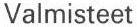
Valmisteet